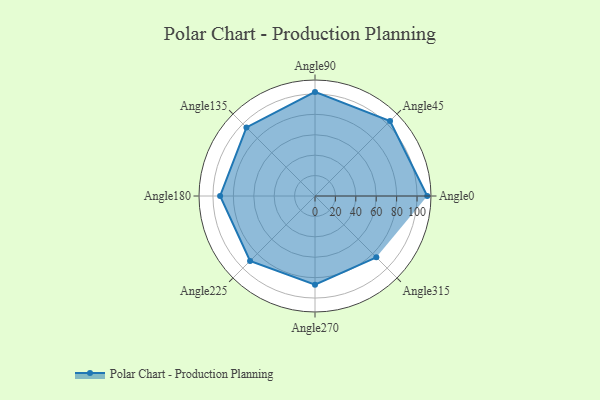
{"axis": {"x": "Angle", "y": "Radius"}, "legend": [""], "data": [{"x": "Angle0", "y": 110.0, "type": ""}, {"x": "Angle45", "y": 104.0, "type": ""}, {"x": "Angle90", "y": 102.0, "type": ""}, {"x": "Angle135", "y": 95.0, "type": ""}, {"x": "Angle180", "y": 93.0, "type": ""}, {"x": "Angle225", "y": 90.0, "type": ""}, {"x": "Angle270", "y": 87.0, "type": ""}, {"x": "Angle315", "y": 85.0, "type": ""}]}